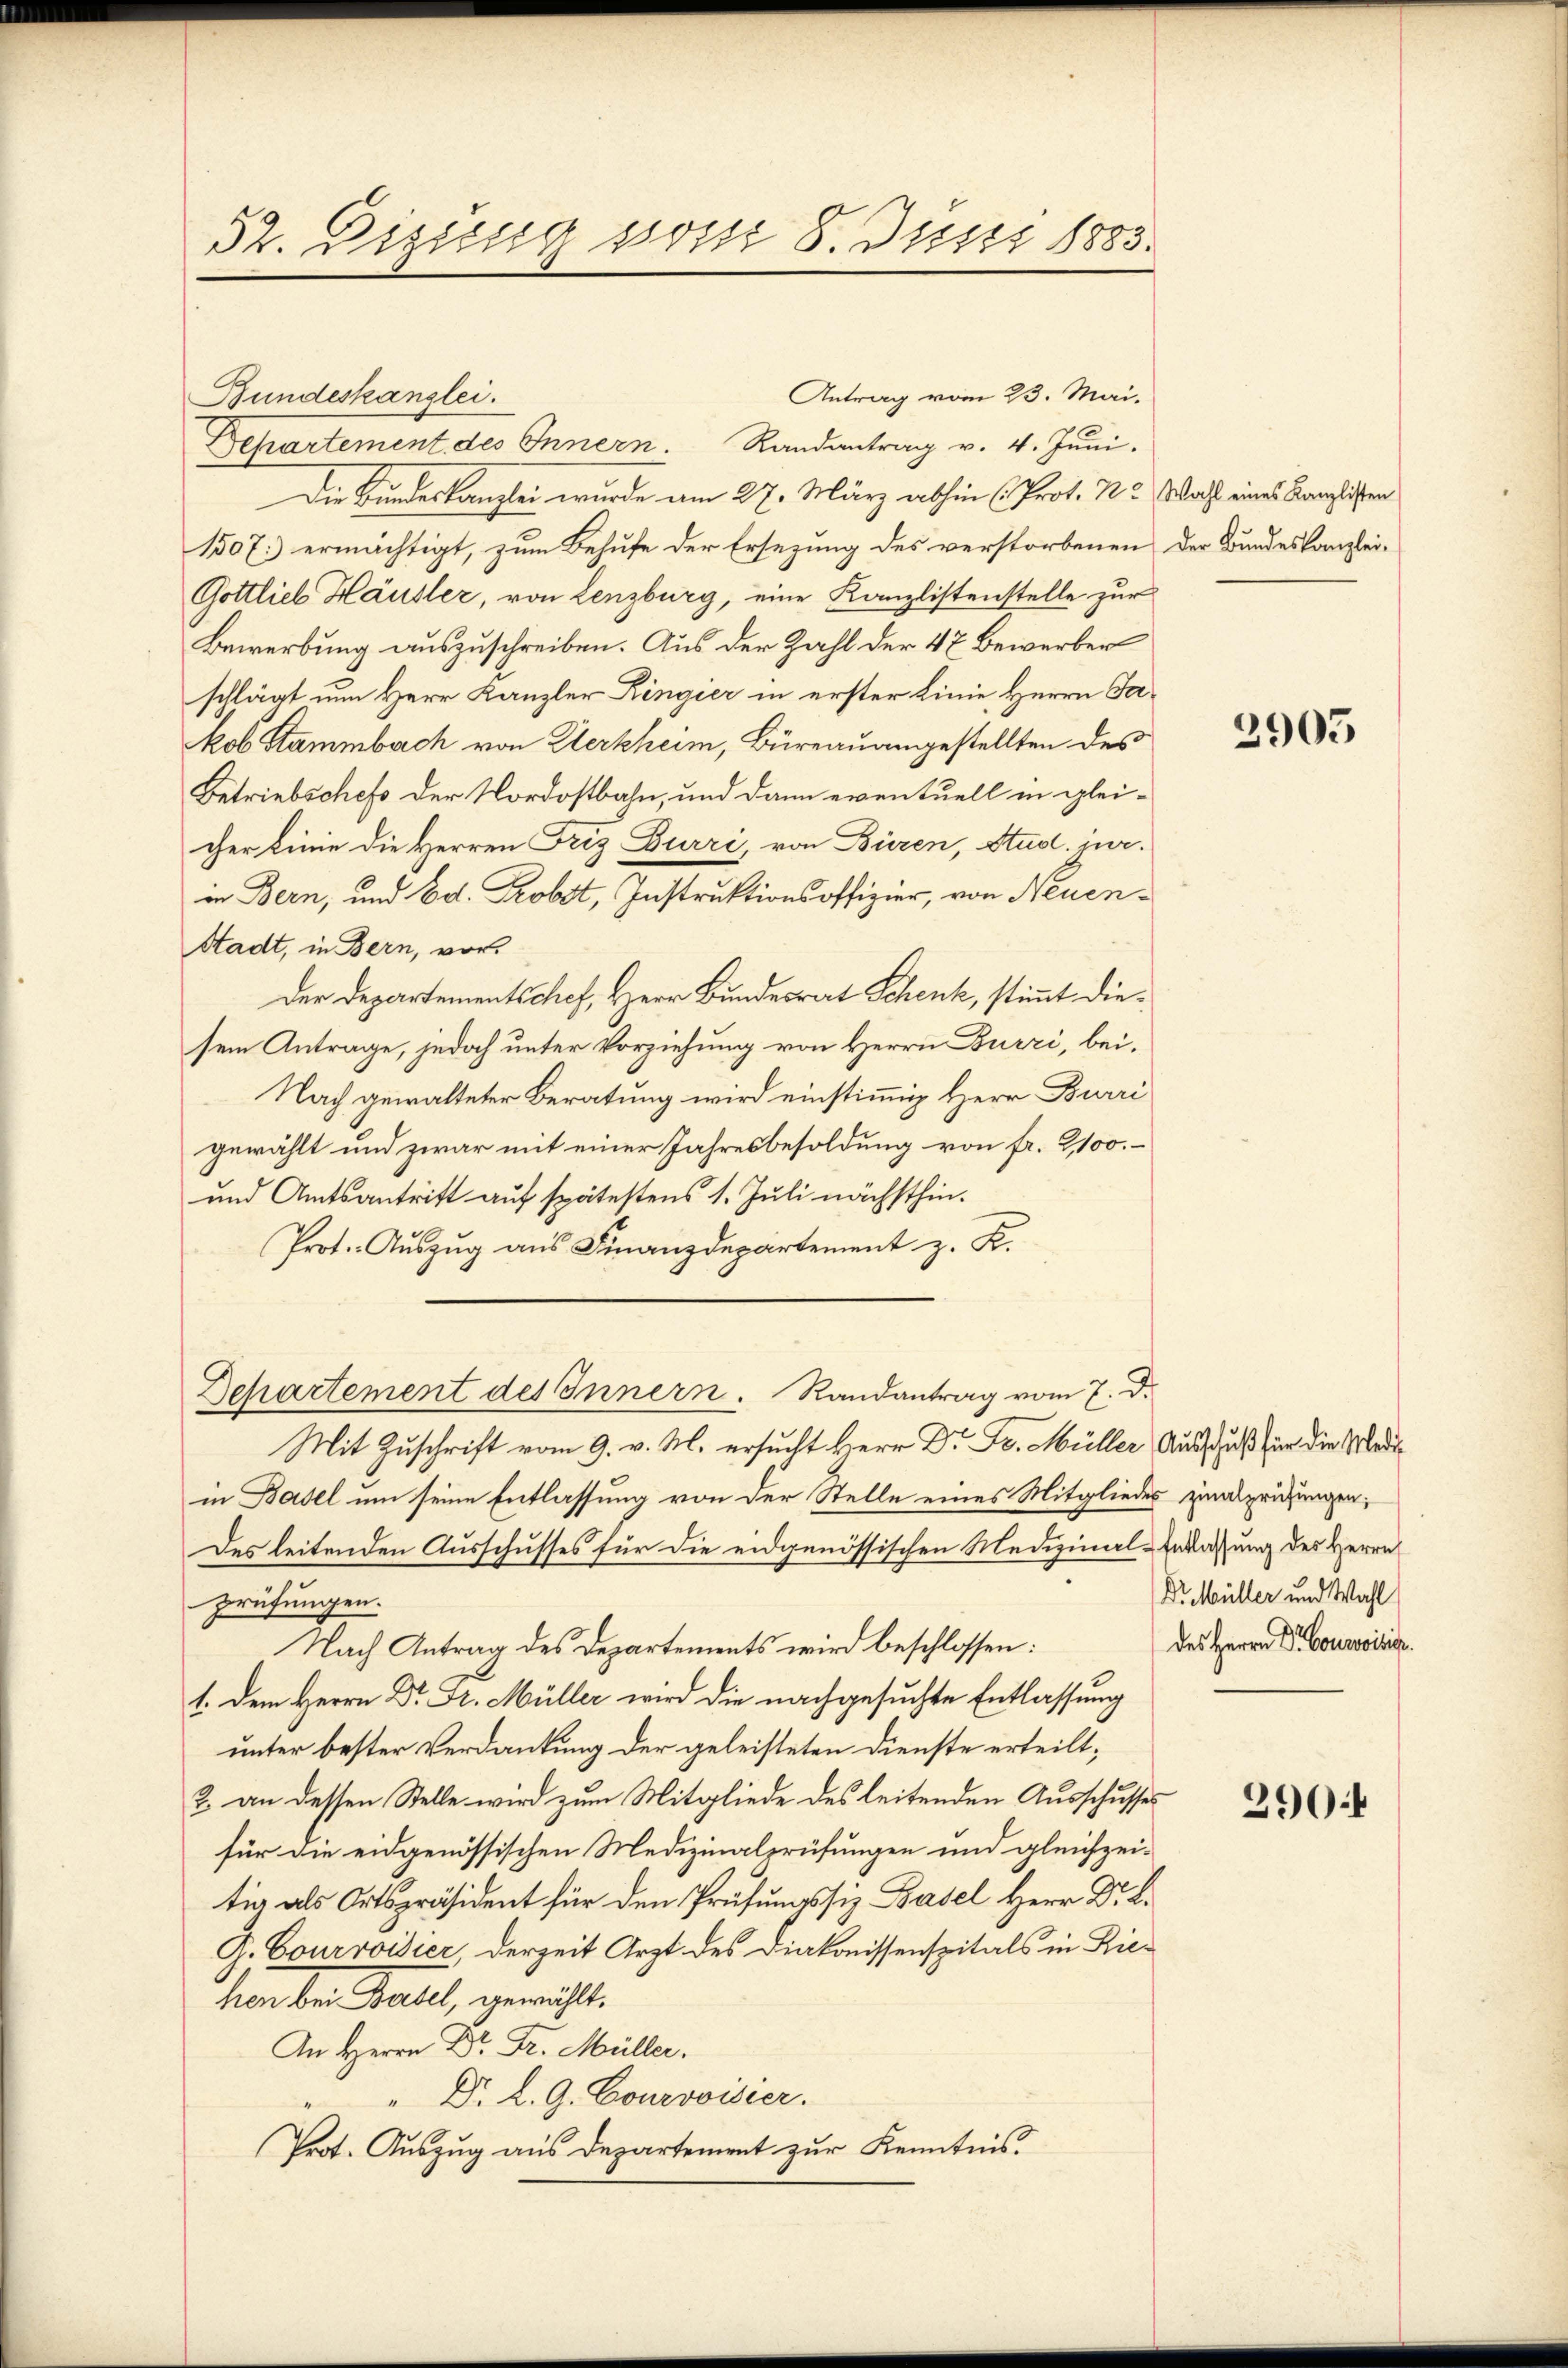
32. Dizung vom 8. Juni 1883.

Bundeskanzlei.
Departement des Innern. Randantrag v. 4. Juni.
Die Bundeskanzlei wurde am 27. März abhin (Prot. N. Wahl eines Kanzlisten
1507. ermächtigt, zum Behufe der Ersezung des verstorbenen der Bundeskanzlei¬
Gottlieb Häusler, von Lenzburg, eine Kanzlistenstelle zur
Bewerbung auszuschreiben. Aus der Zahl der 47 Bewerber
schlägt um Herr Kanzler Ringier in erster Linie Herrn Fakob Stammbach von Klerkheim, Büreauangestellten des
Betriebschefs der Nordostbahn, und dann eventuell in gleicher Linie die Herren Friz Burri, von Büren, Stud. jur.
in Bern, und Ed. Probst, Instruktionsoffizier, von Neuen¬
Stadt, in Bern, vor¬
Der Departementschef, Herr Bundesrat Schenk, stimmt diesem Antrage, jedoch unter Vorziehung von Herrn Burri, bei¬
Nach gewalteter Beratung wird einstimmig Herr Burri
gewählt und zwar mit einer Jahresbesoldung von fr. 2,100.
und Amtsantritt auf spätestens 1. Juli nächsthin¬
Prot. Auszug aus Finanzdepartement z. K.
Departement des Innern. Randantrag vom 7. d.
Mit Zuschrift vom 9. v. M. ersucht Herr Dr. Fr. Müller Ausschuß für die Mediin Basel um seine Entlassung von der Stelle eines Mitglieder Einsprüfungen,
Des leitenden Ausschusses für die eidgenössischen Medizinal-Entlassung des Herrn
Prüfungen.
Nach Antrag des Departements wird beschlossen:
1. Dem Herrn Dr. Fr. Müller wird die nachgesuchte Entlassung
unter bester Verdankung der geleisteten Dienste erteilt;
2. an dessen Stelle wird zum Mitgliede des leitenden Ausschusses
für die eidgenössischen Medizinalprüfungen und gleichzeitig als Ortspräsident für den Prüfungssiz Basel Herr Dr. K.
G. Courvoisier, derzeit Arzt des Diakonissenspitals in Riehen bei Basel, gewählt.
An Herrn Dr. Dr. Müller.
" Dr. L. G. Courvoisier.
Prot. Auszug aus Departement zur Kenntnis.

Antrag vom 23. Mai.

2905

Dr. Müller und Wahl
des Herrn Dr Bourovisier.

290.